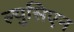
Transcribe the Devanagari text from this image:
ल्युसिएन